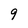
Character: 9